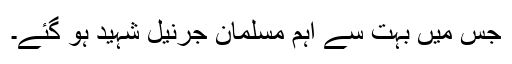
جس میں بہت سے اہم مسلمان جرنیل شہید ہو گئے۔